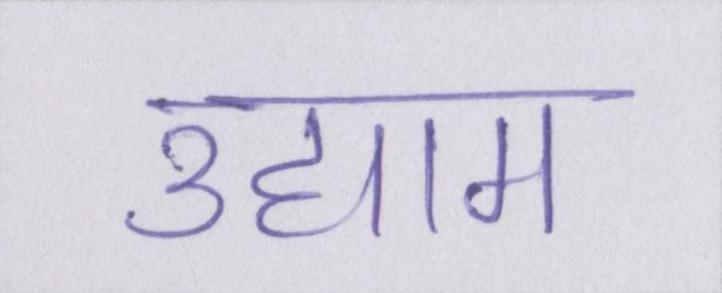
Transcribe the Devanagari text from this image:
उद्याम